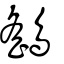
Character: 鷂